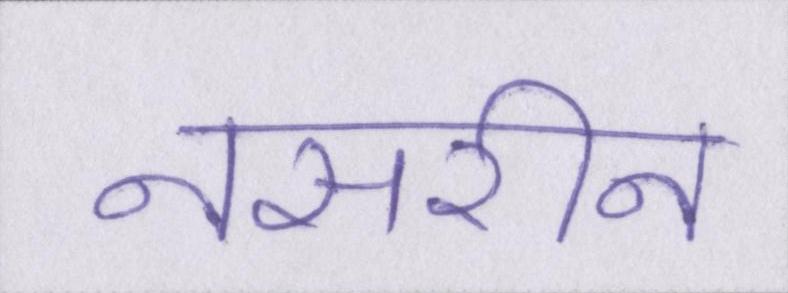
नसरीन